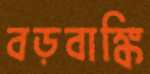
বড়বাঙ্কি